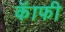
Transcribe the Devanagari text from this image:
कॅाफी